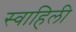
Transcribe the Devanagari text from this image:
स्‍वाहिली